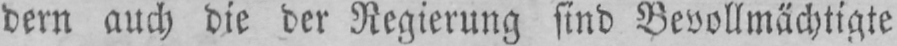
dem auch die der Regierung sind Bevollmächtigte